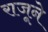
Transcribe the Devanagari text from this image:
राजूने